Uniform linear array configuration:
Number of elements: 12
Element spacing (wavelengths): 0.5
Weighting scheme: binomial
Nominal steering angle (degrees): -30
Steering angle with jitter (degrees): -31.342
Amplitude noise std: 0.05
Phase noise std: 0.05

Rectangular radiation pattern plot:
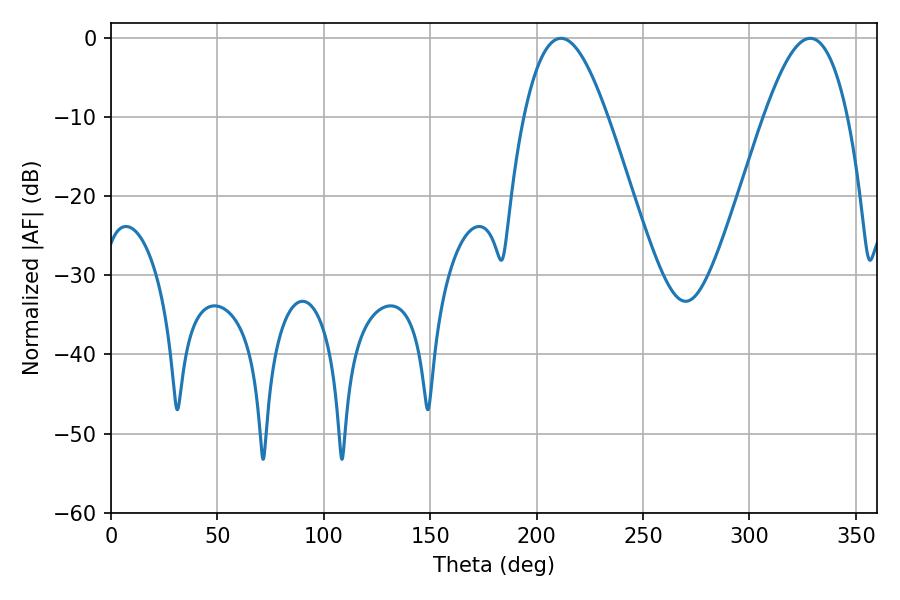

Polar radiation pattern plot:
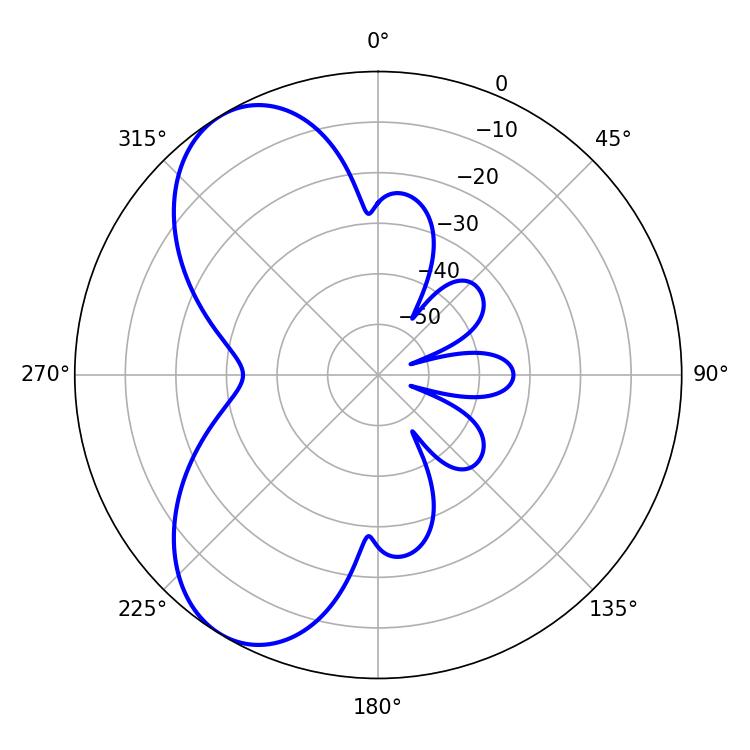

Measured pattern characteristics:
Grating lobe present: FALSE
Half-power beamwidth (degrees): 21.24
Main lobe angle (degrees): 211.5